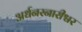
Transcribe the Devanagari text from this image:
अर्धनरनारीश्वर